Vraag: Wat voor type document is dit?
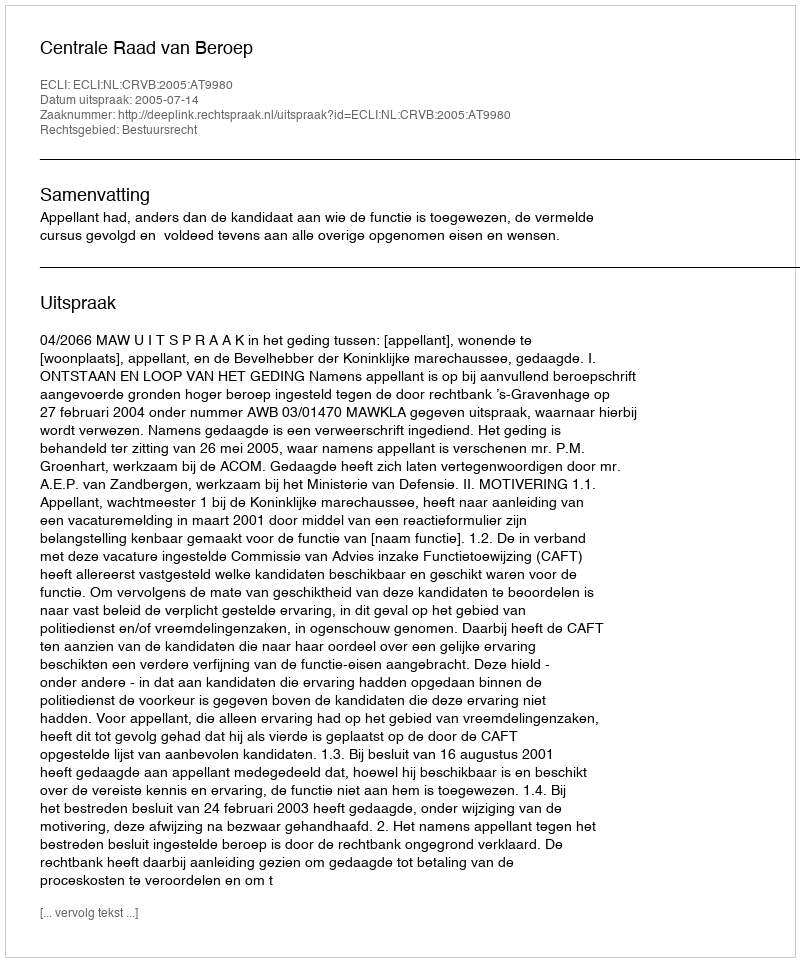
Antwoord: Uitspraak